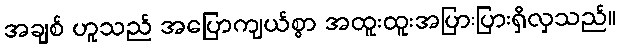
အချစ် ဟူသည် အပြောကျယ်စွာ အထူးထူးအပြားပြားရှိလှသည်။